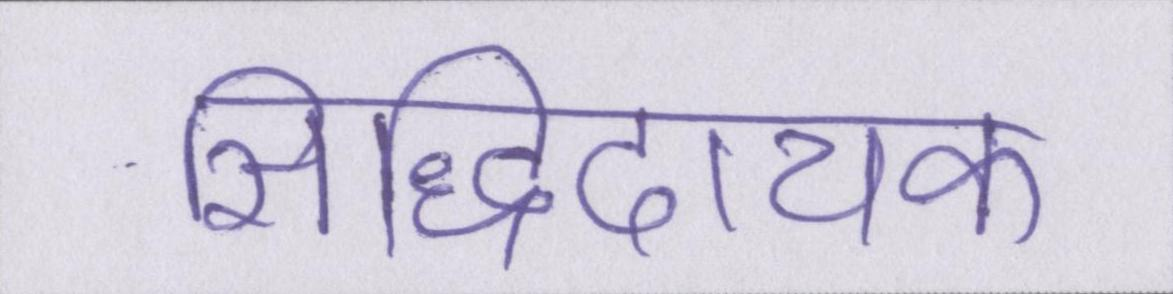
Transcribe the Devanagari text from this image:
सिद्धिदायक